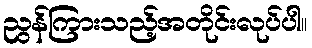
ညွန်ကြားသည့်အတိုင်းလုပ်ပါ။